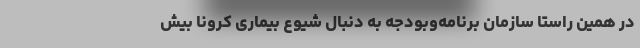
در همین راستا سازمان برنامه‌وبودجه به دنبال شیوع بیماری کرونا بیش